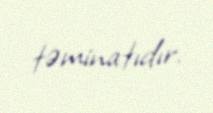
təminatıdır.